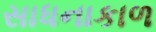
સાધનાકાળ